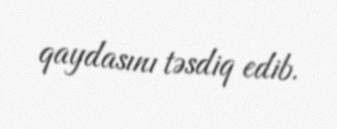
qaydasını təsdiq edib.